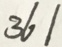
3 6 1